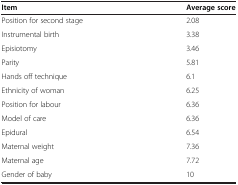
<table><thead><tr><td><b>Item</b></td><td><b>Average score</b></td></tr></thead><tbody><tr><td>Position for second stage</td><td>2.08</td></tr><tr><td>Instrumental birth</td><td>3.38</td></tr><tr><td>Episiotomy</td><td>3.46</td></tr><tr><td>Parity</td><td>5.81</td></tr><tr><td>Hands off technique</td><td>6.1</td></tr><tr><td>Ethnicity of woman</td><td>6.25</td></tr><tr><td>Position for labour</td><td>6.36</td></tr><tr><td>Model of care</td><td>6.36</td></tr><tr><td>Epidural</td><td>6.54</td></tr><tr><td>Maternal weight</td><td>7.36</td></tr><tr><td>Maternal age</td><td>7.72</td></tr><tr><td>Gender of baby</td><td>10</td></tr></tbody></table>